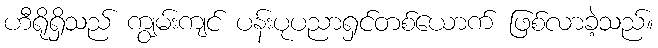
ဟီရိုရှိသည် ကျွမ်းကျင် ပန်းပုပညာရှင်တစ်ယောက် ဖြစ်လာခဲ့သည်။